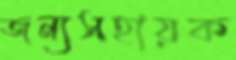
জন্যসহায়ক